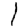
Digit: 1